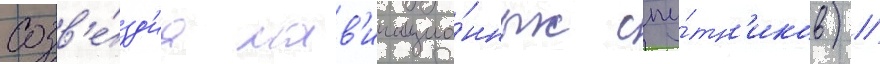
созв'е́зд'иа нав'игацио́нных спу́тн'иков) //